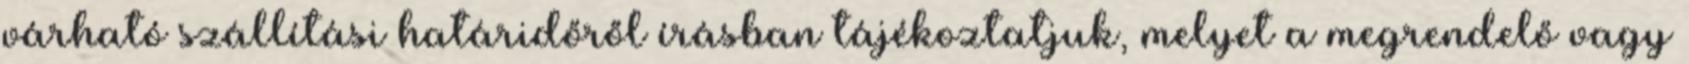
várható szállítási határidőről írásban tájékoztatjuk, melyet a megrendelő vagy